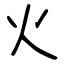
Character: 火